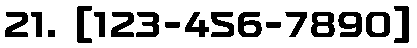
21. [123-456-7890]